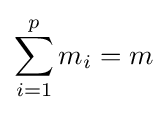
\sum _{i=1}^{p}m_{i}=m